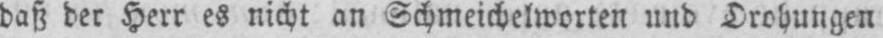
daß der Herr es nicht an Schmeichelworten und Drohungen